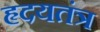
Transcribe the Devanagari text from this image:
हृदयतंत्र